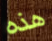
هذه